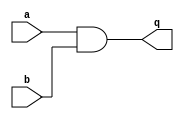
module circuit1 (
  input a,
  input b,
  output q

);

  assign q = a&b;

endmodule